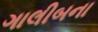
ગાલીબના